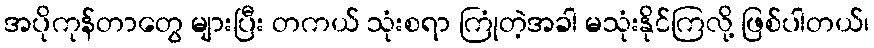
အပိုကုန်တာတွေ များပြီး တကယ် သုံးစရာ ကြုံတဲ့အခါ မသုံးနိုင်ကြလို့ ဖြစ်ပါတယ်၊